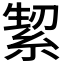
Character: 𮈛